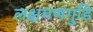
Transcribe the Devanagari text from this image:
लक्षमणगुडि